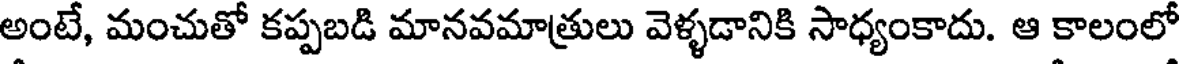
అంటే, మంచుతో కప్పబడి మానవమాత్రులు వెళ్ళడానికి సాధ్యంకాదు. ఆ కాలంలో